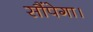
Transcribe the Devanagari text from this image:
सौंपेगा।